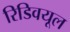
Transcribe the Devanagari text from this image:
रिडिवयूल